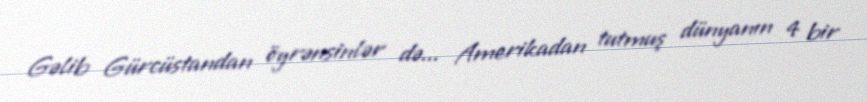
Gəlib Gürcüstandan öyrənsinlər də... Amerikadan tutmuş dünyanın 4 bir